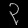
Digit: ၃